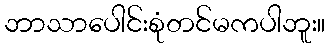
ဘာသာပေါင်းစုံတင်မကပါဘူး။